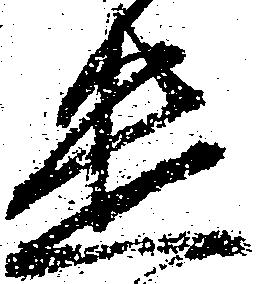
遣